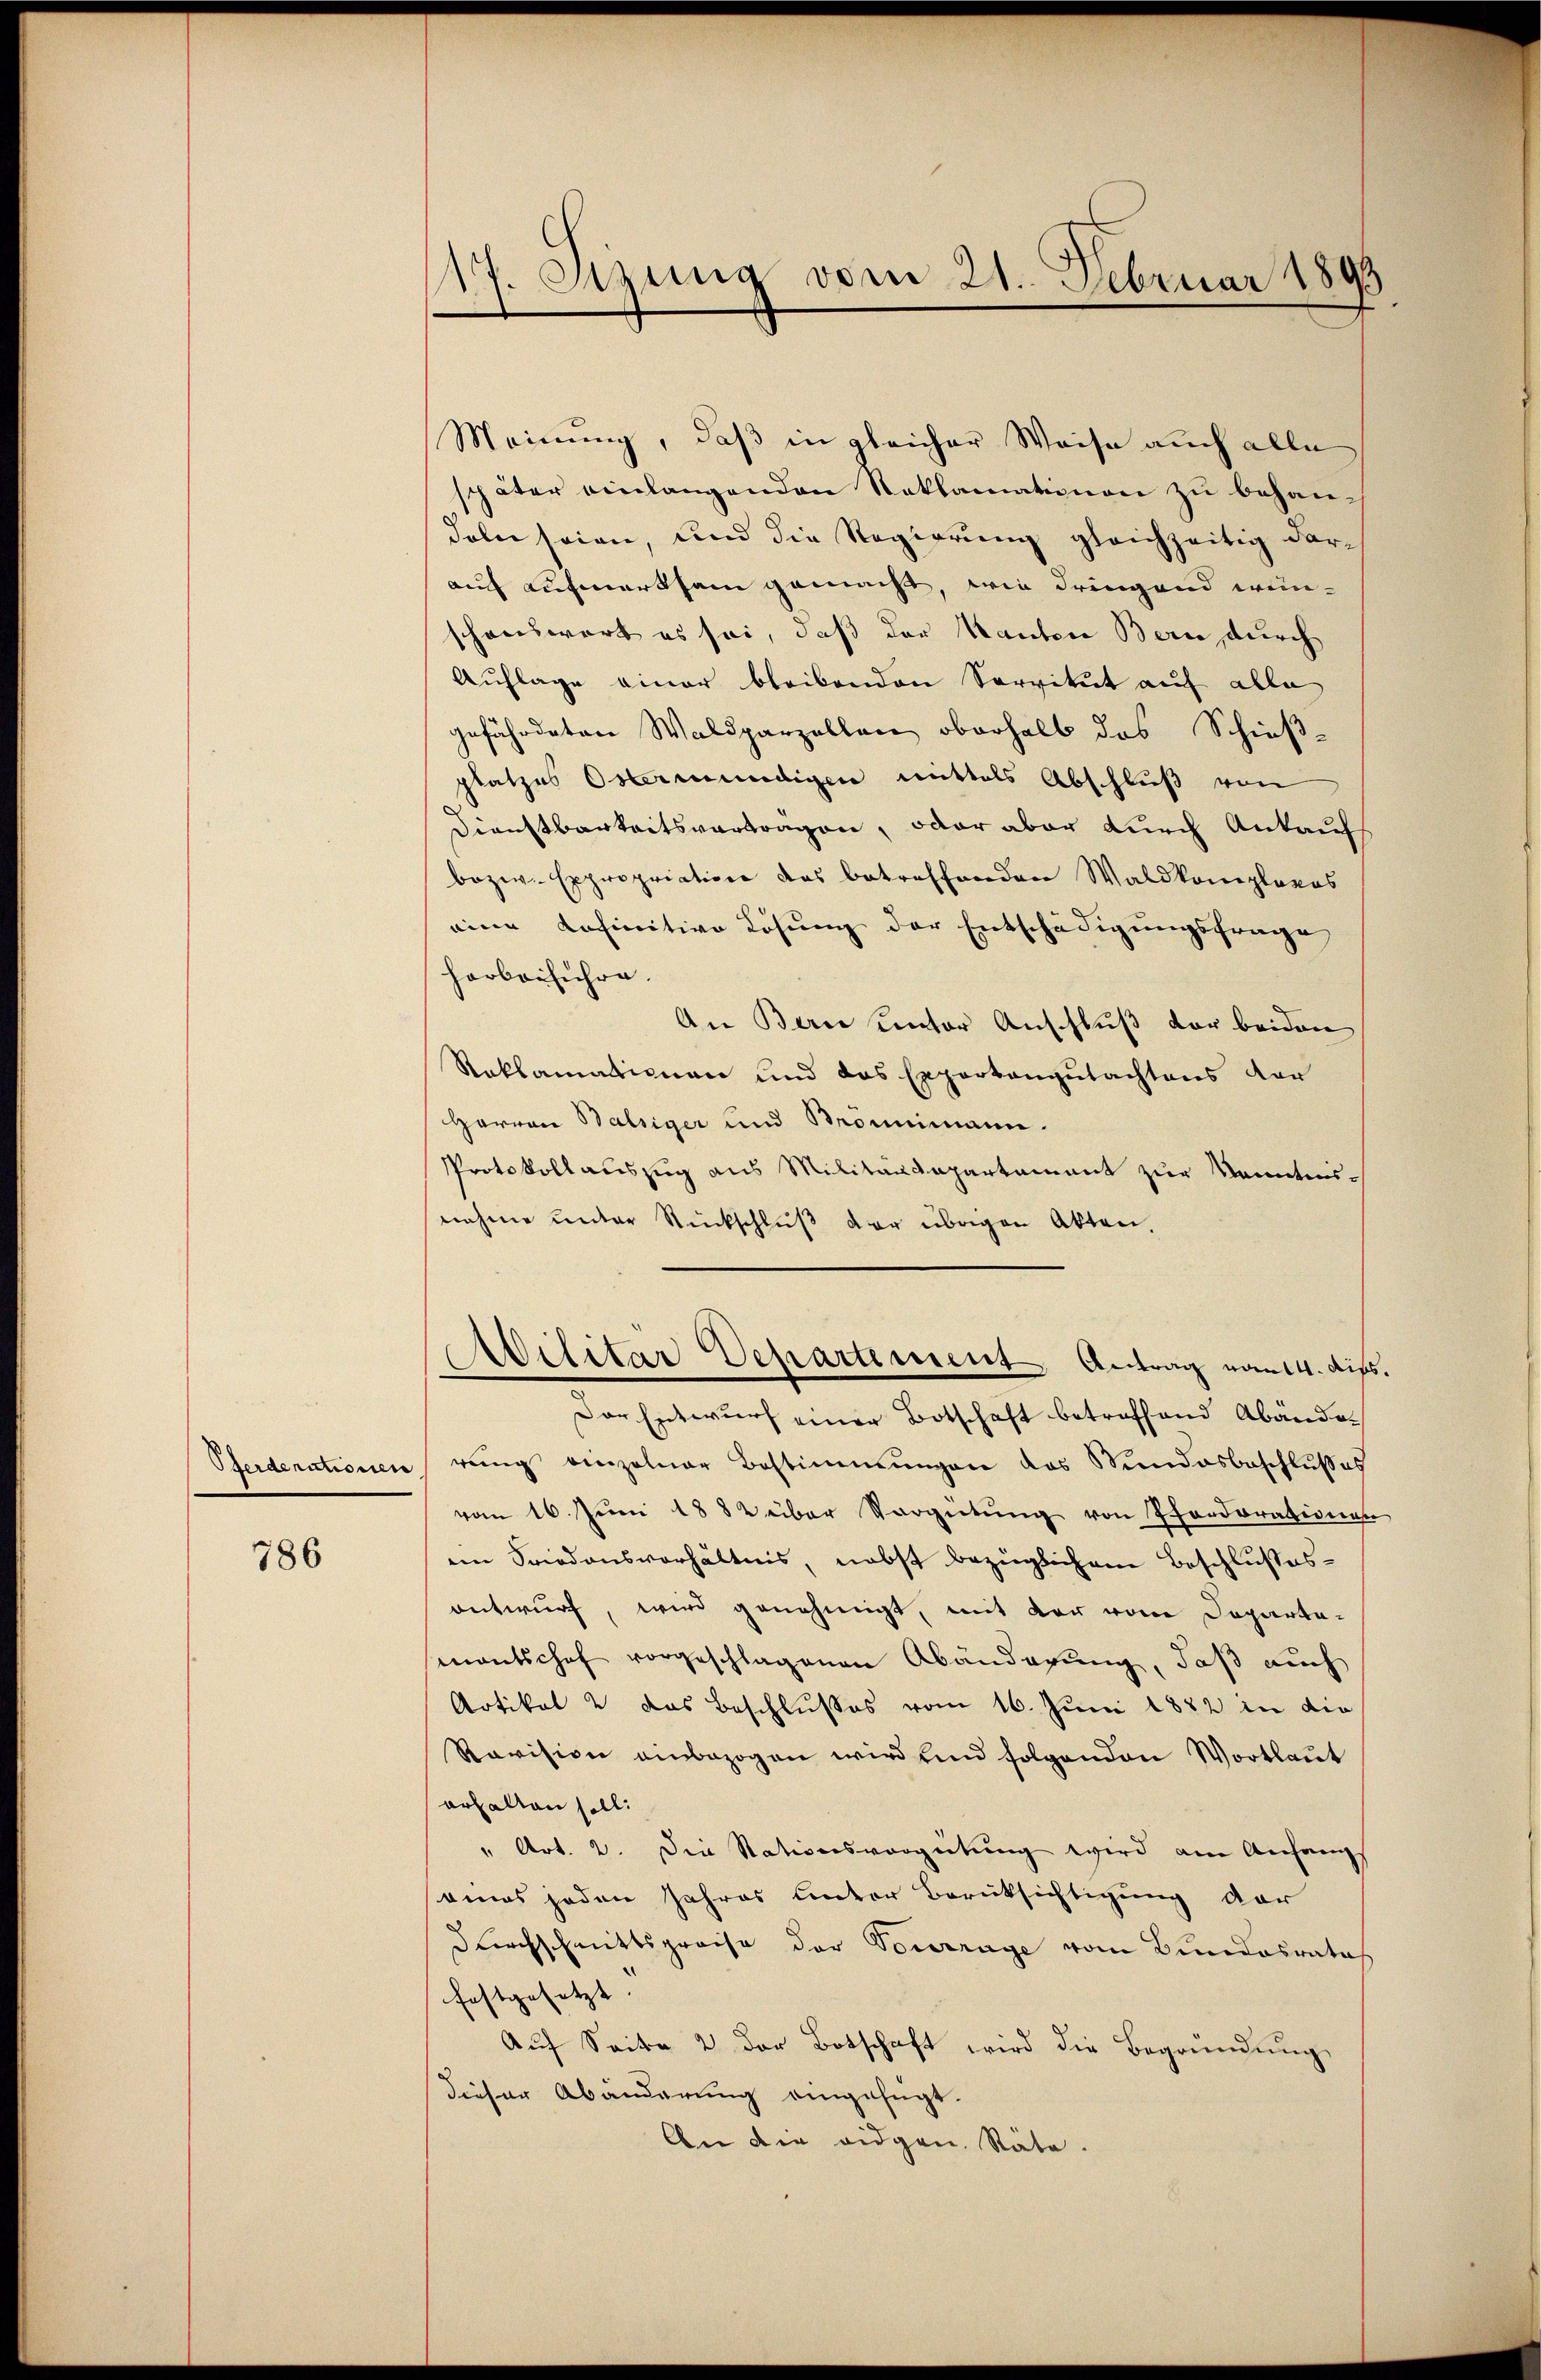
Oserderationen

786

177. Sizung vom 21. Februar 1893

Meinung, daß in gleicher Weise auch alle
später einlangenden Reklamationen zu behan-
deln seien, und die Regierung gleichzeitig darauf aufmerksam gemacht, wie dringend wünschenswert es sei, daß der Kanten Bern, durch
Aŭflage einer bleibenden Servitŭt aŭf alle
gefährdeten Waldparzellen oberhalb das Schieß-
platzes Obermündigen mittels Abschluß von
Dienstbarkeitsvortragen, oder aber durch Ankauf
bezw. Expropriation das betreffenden Waldkompleros
eine definitive Lösung der Entschädigungsfrage,
harbeiführe
An Bern unter Anschluß der beiden
Reklamationen und das Expertengutachtens dar
Harren Balsiger und Brömmimann.
PProtokoll auszug aus Militärdepartament zur Kenntnisnahme unter Rückschlŭβ der übrigen Akten.
Abilitar Departement, Antrag vom 14. dies
Der Entwurf einer Botschaft betreffend Abandoreng einzelner Bestimmungen das Stundesbeschlußes
vom 16. Juni 1882 über Sorgütung von Pforderationen
ein Friedensverhältnis, nebst bezüglichem Beschlußesentwurf, wird genehmigt, mit der vom Departesmentschef vorgeschlagenen Abänderung, daß auch
Artikal 2 das Beschlußes vom 16. Juni 1882 in die
Ravision einbezogen wird und folgenden Wortlaut
erhalten soll.
" Art. 2. Die Stationsvergütung wird am Anfangs
eines jeden Jahres unter Berücksichtigung der
durchschnittspreise der Tourrage vom Bundesrata
festgesetzt |
Aŭf Seite 2 der Botschaft wird die Begründung
dieser Abänderung eingefügt.
An die eidgen. Rate.